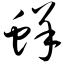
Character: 蛘